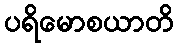
ပရိမောစယာတိ